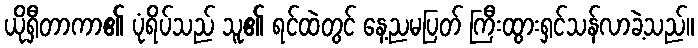
ယိုရှီတာကာ၏ ပုံရိပ်သည် သူ၏ ရင်ထဲတွင် နေ့ညမပြတ် ကြီးထွားရှင်သန်လာခဲ့သည်။